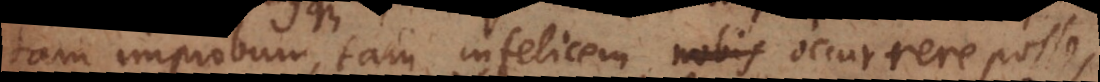
tam improbum, tam infelicem occurrere posse,